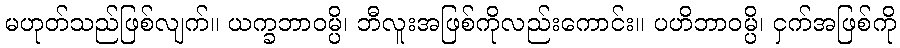
မဟုတ်သည်ဖြစ်လျက်။ ယက္ခဘာဝမ္ပိ၊ ဘီလူးအဖြစ်ကိုလည်းကောင်း။ ပဟိဘာဝမ္ပိ၊ ငှက်အဖြစ်ကို